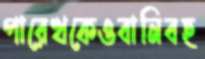
পারেখকেওবানিবহ